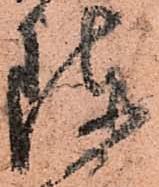
陣